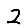
Digit: 2